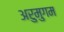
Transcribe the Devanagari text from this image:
अरुमुगम